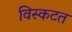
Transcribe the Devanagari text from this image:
विस्कटत